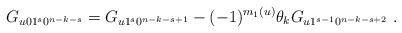
LaTeX: \begin{align*}G_{u01^s0^{n-k-s}} = G_{u1^s0^{n-k-s+1}} - (-1)^{m_1(u)} \theta_k G_{u1^{s-1}0^{n-k-s+2}}~.\end{align*}